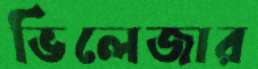
ভিলেজার